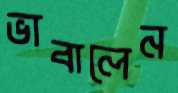
ভাবালেন